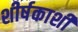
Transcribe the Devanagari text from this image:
शीर्षकाशी